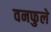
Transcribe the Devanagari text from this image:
वनफुले